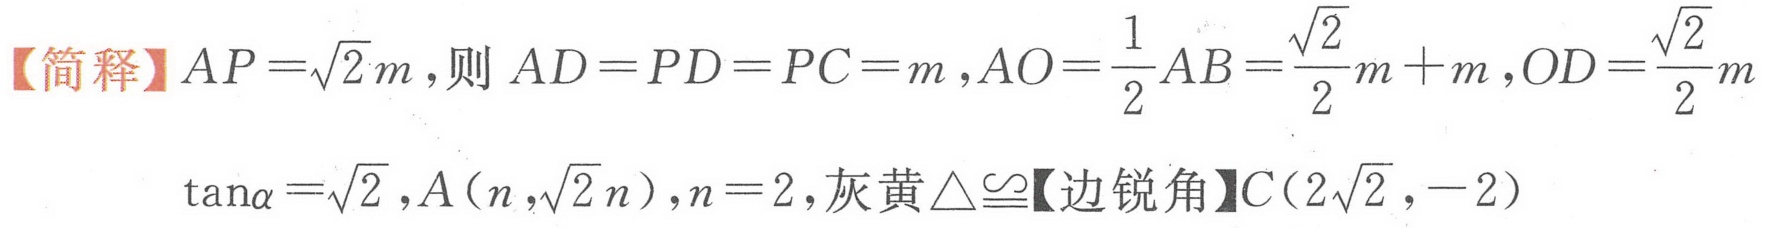
【简释】\(AP = \sqrt{2}m\)，则 \(AD = PD = PC = m\)，\(AO=\dfrac{1}{2}AB=\dfrac{\sqrt{2}}{2}m + m\)，\(OD=\dfrac{\sqrt{2}}{2}m\)
\(\tan\alpha=\sqrt{2}\)，\(A(n,\sqrt{2}n)\)，\(n = 2\)，灰黄\(\triangle\cong\)【边锐角】\(C(2\sqrt{2},-2)\)